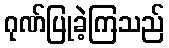
ဂုဏ်ပြုခဲ့ကြသည်